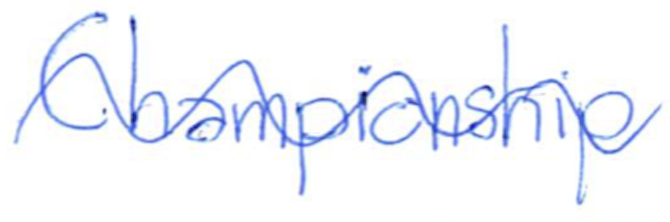
Text: Championship
Cross-out: wave
Writing tool: ballpoint